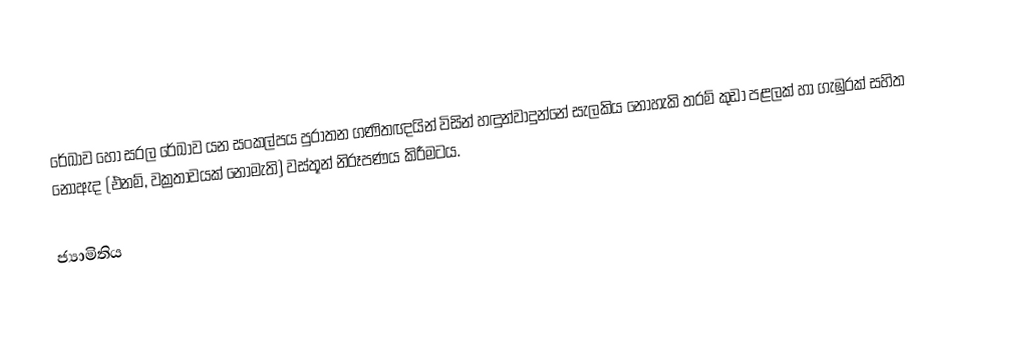
රේඛාව හෝ සරල රේඛාව යන සංකල්පය පුරාතන ගණිතඥයින් විසින් හඳුන්වාදුන්නේ සැලකිය නොහැකි තරම් කුඩා පළලක් හා ගැඹුරක් සහිත නොඇද (එනම්, වක්‍රතාවයක් නොමැති) වස්තූන් නිරූපණය කිරීමටය.

ජ්‍යාමිතිය